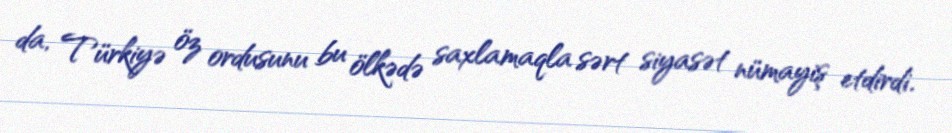
da, Türkiyə öz ordusunu bu ölkədə saxlamaqla sərt siyasət nümayiş etdirdi.